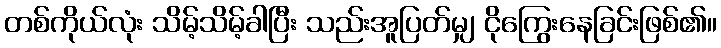
တစ်ကိုယ်လုံး သိမ့်သိမ့်ခါပြီး သည်းအူပြတ်မျှ ငိုကြွေးနေခြင်းဖြစ်၏။